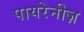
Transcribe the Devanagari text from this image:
पायरेनीज़